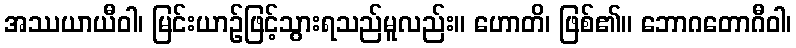
အဿယာယီဝါ၊ မြင်းယာဉ်ဖြင့်သွားရသည်မူလည်း။ ဟောတိ၊ ဖြစ်၏။ ဘောဂတောဂီဝါ၊